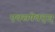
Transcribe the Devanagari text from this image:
एक्सपेक्ट्स्